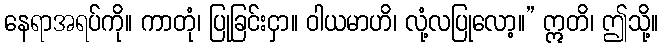
နေရာအရပ်ကို။ ကာတုံ၊ ပြုခြင်းငှာ။ ဝါယမာဟိ၊ လုံ့လပြုလော့။” ဣတိ၊ ဤသို့။